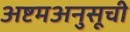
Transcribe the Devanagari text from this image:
अष्टमअनुसूची